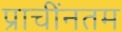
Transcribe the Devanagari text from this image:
प्राचींनतम